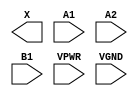
module sky130_fd_sc_hs__o21a (
    X   ,
    A1  ,
    A2  ,
    B1  ,
    VPWR,
    VGND
);

    output X   ;
    input  A1  ;
    input  A2  ;
    input  B1  ;
    input  VPWR;
    input  VGND;
endmodule